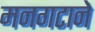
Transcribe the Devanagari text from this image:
मनगटाने